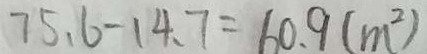
7 5 . 6 - 1 4 . 7 = 6 0 . 9 ( m ^ { 2 } )